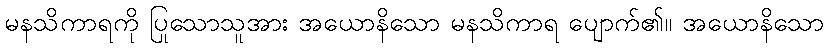
မနသိကာရကို ပြုသောသူအား အယောနိသော မနသိကာရ ပျောက်၏။ အယောနိသော